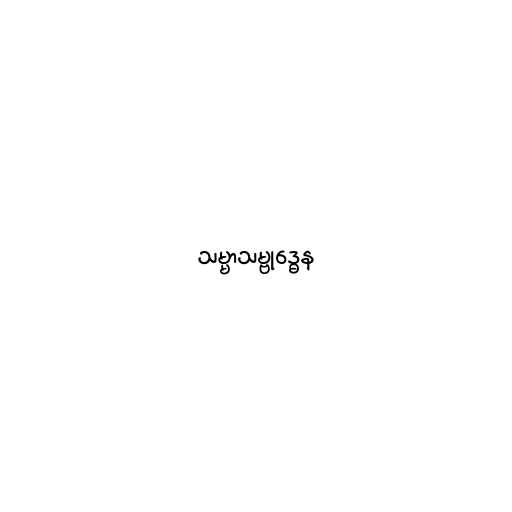
သမ္မာသမ္ဗုဒ္ဓေန